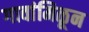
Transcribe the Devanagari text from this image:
गावांमिळून